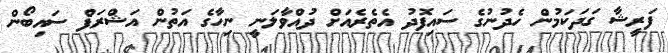
ފަރީޝާ ގަދަކަމުން ހެދުނުގެ ސައިފޮދު އެތެރެއަށް ދުއްވާލަނީ ނިހާގެ އަތުން އަޝްރަފް ސައިބޯން